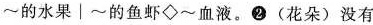
~的水果│~的鱼虾◇~血液。② (花朵)没有